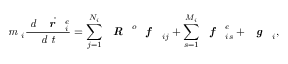
\textit { m } _ { i } \frac { \textit { d } \dot { \textbf { \textit { r } } _ { i } ^ { e } } } { \textit { d t } } = \sum _ { j = 1 } ^ { N _ { i } } \textbf { \textit { R } } ^ { o } \textbf { \textit { f } } _ { i j } + \sum _ { s = 1 } ^ { M _ { i } } \textbf { \textit { f } } _ { i s } ^ { e } + \textbf { \textit { g } } _ { i } ,